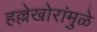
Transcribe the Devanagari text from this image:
हल्लेखोरांमुळे